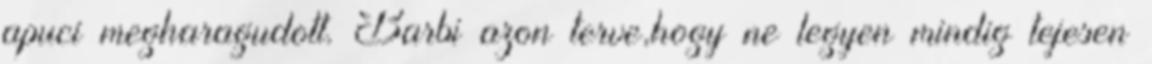
apuci megharagudott. Barbi azon terve,hogy ne legyen mindig tejesen